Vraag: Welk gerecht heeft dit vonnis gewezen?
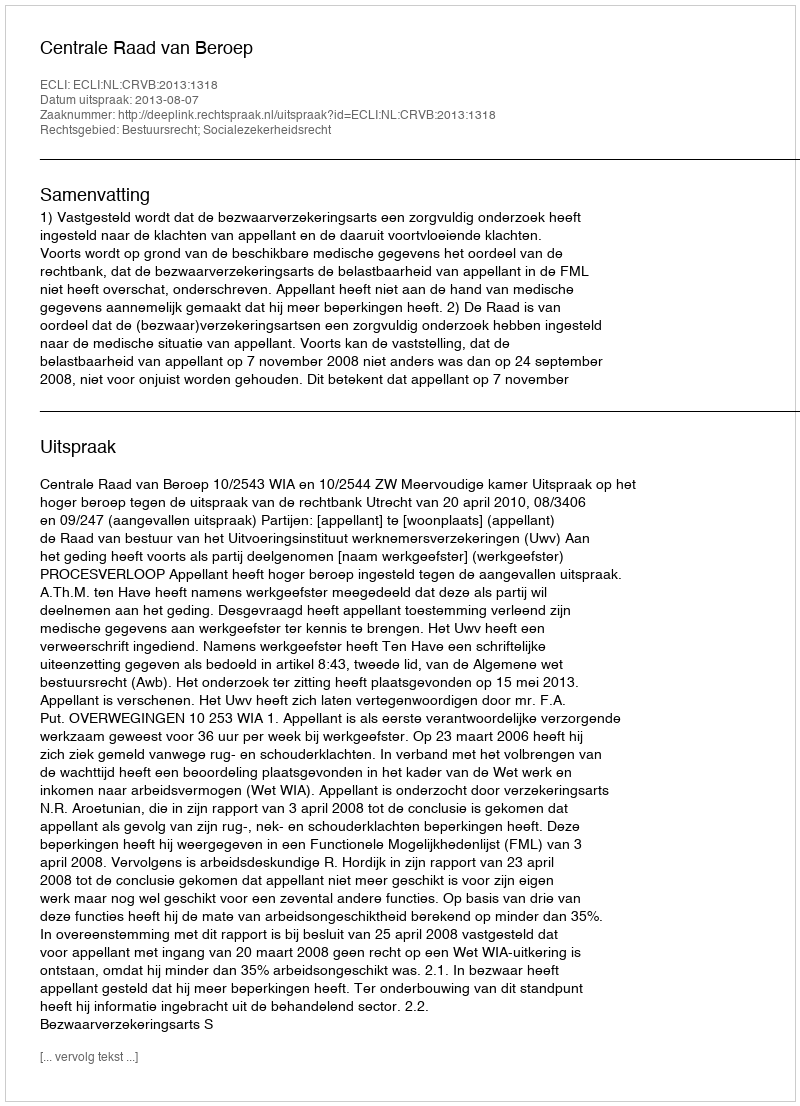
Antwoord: Centrale Raad van Beroep